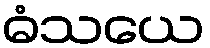
ဓံသယေ